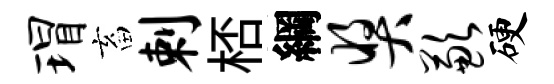
瑁畜剌桮綱奖歉硬